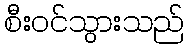
စီးဝင်သွားသည်